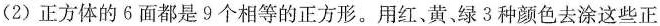
(2)正方体的6面都是9个相等的正方形。用红、黄、绿3种颜色去涂这些正